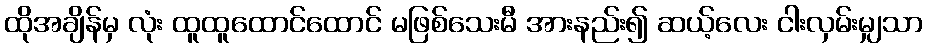
ထိုအချိန်မှ လုံး ထူထူထောင်ထောင် မဖြစ်သေးမီ အားနည်း၍ ဆယ့်လေး ငါးလှမ်းမျှသာ